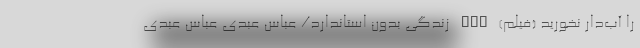
را آب‌دار نخورید (فیلم) nan زندگی بدون استاندارد/ عباس عبدی عباس عبدی